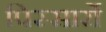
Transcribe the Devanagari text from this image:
पिस्सार्रो